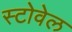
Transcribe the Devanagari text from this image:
स्टोवेल